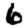
Digit: 6